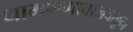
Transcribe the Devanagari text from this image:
धामणगावाजवळून